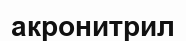
акронитрил